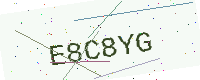
Text: E8C8YG